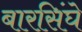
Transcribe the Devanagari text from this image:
बारसिंघे